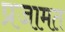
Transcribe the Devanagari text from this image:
प्रजामत